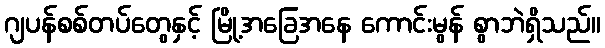
ဂျပန်စစ်တပ်တွေနှင့် မြို့အခြေအနေ ကောင်းမွန် စွာဘဲရှိသည်။